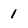
Character: 1